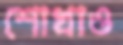
শোখাও